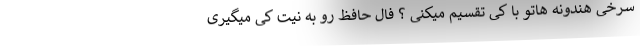
سرخی هندونه هاتو با کی تقسیم میکنی ؟ فال حافظ رو به نیت کی میگیری